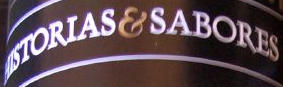
AUSTORIAS&SABORES